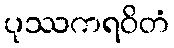
ပုဿကရဝိတံ